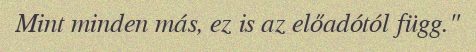
Mint minden más, ez is az előadótól függ."